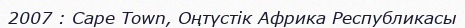
2007 : Cape Town, Оңтүстік Африка Республикасы